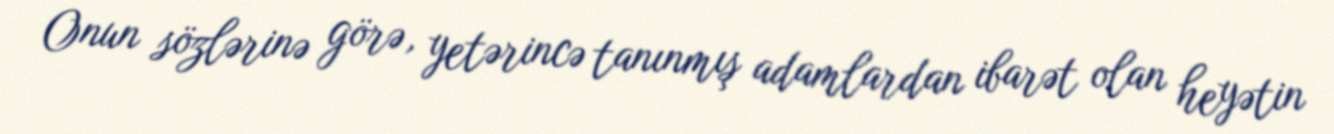
Onun sözlərinə görə, yetərincə tanınmış adamlardan ibarət olan heyətin